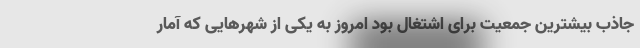
جاذب بیشترین جمعیت برای اشتغال بود امروز به یکی از شهرهایی که آمار